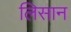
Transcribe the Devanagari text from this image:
लिसान